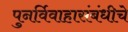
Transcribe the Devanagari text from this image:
पुनर्विवाहासंबंधीचे